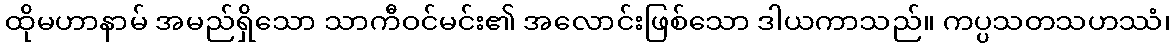
ထိုမဟာနာမ် အမည်ရှိသော သာကီဝင်မင်း၏ အလောင်းဖြစ်သော ဒါယကာသည်။ ကပ္ပသတသဟဿံ၊